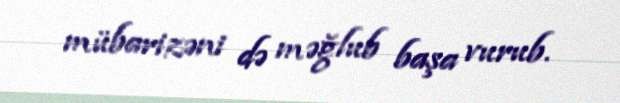
mübarizəni də məğlub başa vurub.